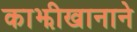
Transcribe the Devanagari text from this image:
काझीखानाने